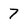
Character: 7